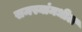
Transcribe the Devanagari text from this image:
समस्यांमधील